Annual report of the Central Committee of the Association together with the report of the directors of the Pasteur Institute at Kasauli
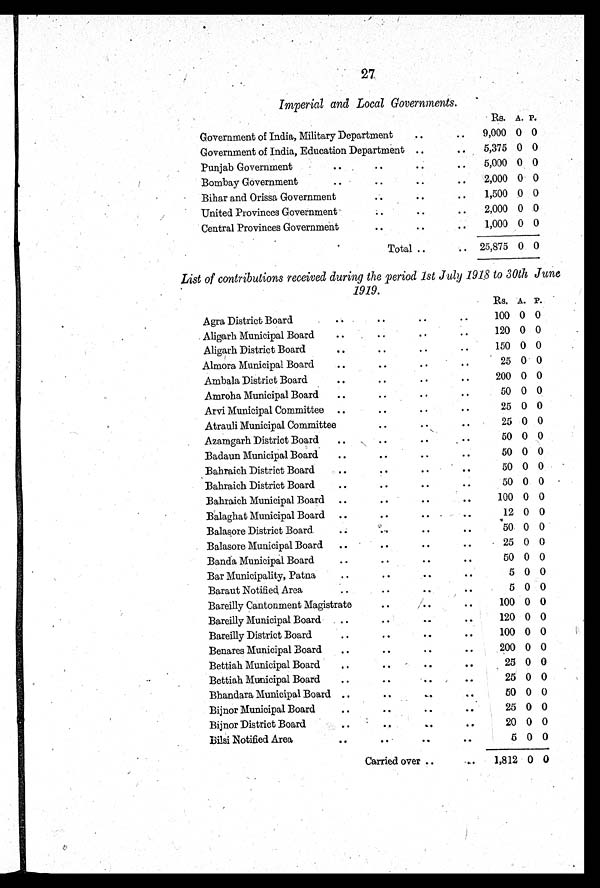
27
Imperial and Local Governments .
Rs. A. P.
Government of India, Military Department
. .
. .
9,000 0 0
Government of India, Education Department
. .
. .
5,375 0 0
Punjab Government
. .
. .
5,000 0 0
Bombay Government
. .
. .
. .
. .
2,000 0 0
Bihar and Orissa Government
. .
. . 1,500 0 0
United Provinces Government
. .
. .
. .
2,000 0 0
Central Provinces Government
. .
. .
1,000 0 0
Total
. . 25,875 0 0
List of contributions received during the period 1st July 1918 to 30th June
1919.
Rs. A. P.
Agra District Board .. .. .. ..
100 0 0
Aligarh Municipal Board .. .. .. ..
120 0 0
Aligarh District Board .. .. .. ..
150 0 0
Almora Municipal Board . . . . . . . .
25 0 0
Ambala District Board .. .. .. ..
200 0 0
Amroha Municipal Board .. .. .. ..
50 0 0
Arvi Municipal Committee .. .. .. ..
25 0 0
Atrauli Municipal Committee .. .. ..
25 0 0
Azamgarh District Board .. .. .. ..
50 0 0
Badaun Municipal Board .. .. .. ..
50 0 0
Bahraich District Board .. .. .. ..
50 0 0
Bahraich District Board .. .. .. ..
50 0 0
Bahraich Municipal Board .. .. .. ..
100 0 0
Balaghat Municipal Board .. .. .. .. ..
12 0 0
Balasore District Board. . .
. .
. .
. .
50 0 0
Balasore Municipal Board .. .. .. ..
25 0 0
Banda Municipal Board .. .. .. ..
50 0 0
Bar Municipality, Patna .. .. ..
5 0 0
Baraut Notified Area .. .. .. ..
5 0 0
Bareilly Cantonment Magistrate .. .. ..
100 0 0
Bareilly Municipal Board .. .. .. ..
120 0 0
Bareilly District Board .. .. .. ..
100 0 0
Benares Municipal Board .. .. .. ..
200 0 0
Bettiah Municipal Board .. .. .. ..
25 0 0
Bettiah Municipal Board .. .. .. ..
25 0 0
Bhandara Municipal Board .. .. .. ..
50 0 0
Bijnor Municipal Board
. .
. .
. .
. .
25 0 0
Bijnor District Board .. .. ..
20 0 0
Bilsi Notified Area .. .. ..
5 0 0
Carried over
. .
1,812 0 0